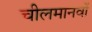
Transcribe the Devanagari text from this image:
चीलमानवों